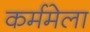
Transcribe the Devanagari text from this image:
कर्ममेला